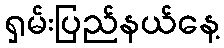
ရှမ်းပြည်နယ်နေ့